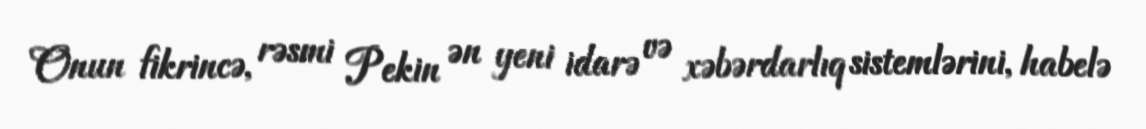
Onun fikrincə, rəsmi Pekin ən yeni idarə və xəbərdarlıq sistemlərini, habelə